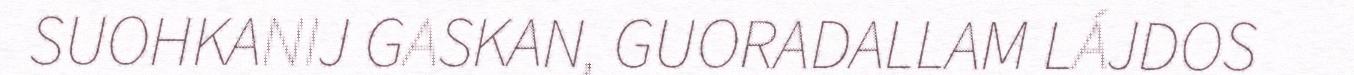
SUOHKANIJ GASKAN, GUORADALLAM LÁJDOS